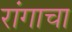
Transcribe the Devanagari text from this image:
रांगाचा